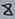
Text: 8